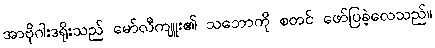
အာဗိုဂါးဒရိုးသည် မော်လီကျူး၏ သဘောကို စတင် ဖော်ပြခဲ့လေသည်။